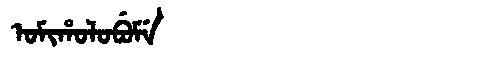
Manchu: ᠣᠮᡳᡥᠣᠯᠣᠪᡠᠮᡝ
Romanization: OMIHOLOBUME